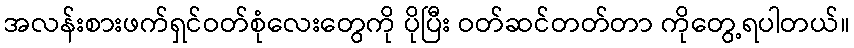
အလန်းစားဖက်ရှင်ဝတ်စုံလေးတွေကို ပိုပြီး ဝတ်ဆင်တတ်တာ ကိုတွေ့ရပါတယ်။